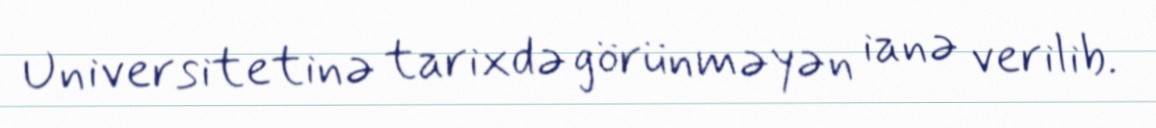
Universitetinə tarixdə görünməyən ianə verilib.